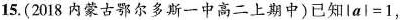
15.(2018内蒙古鄂尔多斯一中高二上期中)已知$$lal=1$$，